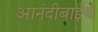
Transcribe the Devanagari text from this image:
आनंदीबाईचे